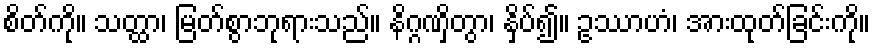
စိတ်ကို။ သတ္ထာ၊ မြတ်စွာဘုရားသည်။ နိဂ္ဂဏှိတွာ၊ နှိပ်၍။ ဥဿာဟံ၊ အားထုတ်ခြင်းကို။